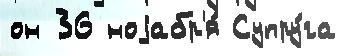
он 36 ноjабр'я́ Супру́га